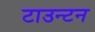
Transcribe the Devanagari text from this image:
टाउन्टन